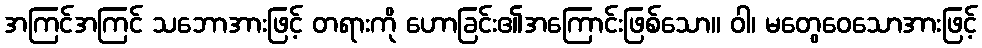
အကြင်အကြင် သဘောအားဖြင့် တရားကို ဟောခြင်း၏အကြောင်းဖြစ်သော။ ဝါ၊ မတွေဝေသောအားဖြင့်